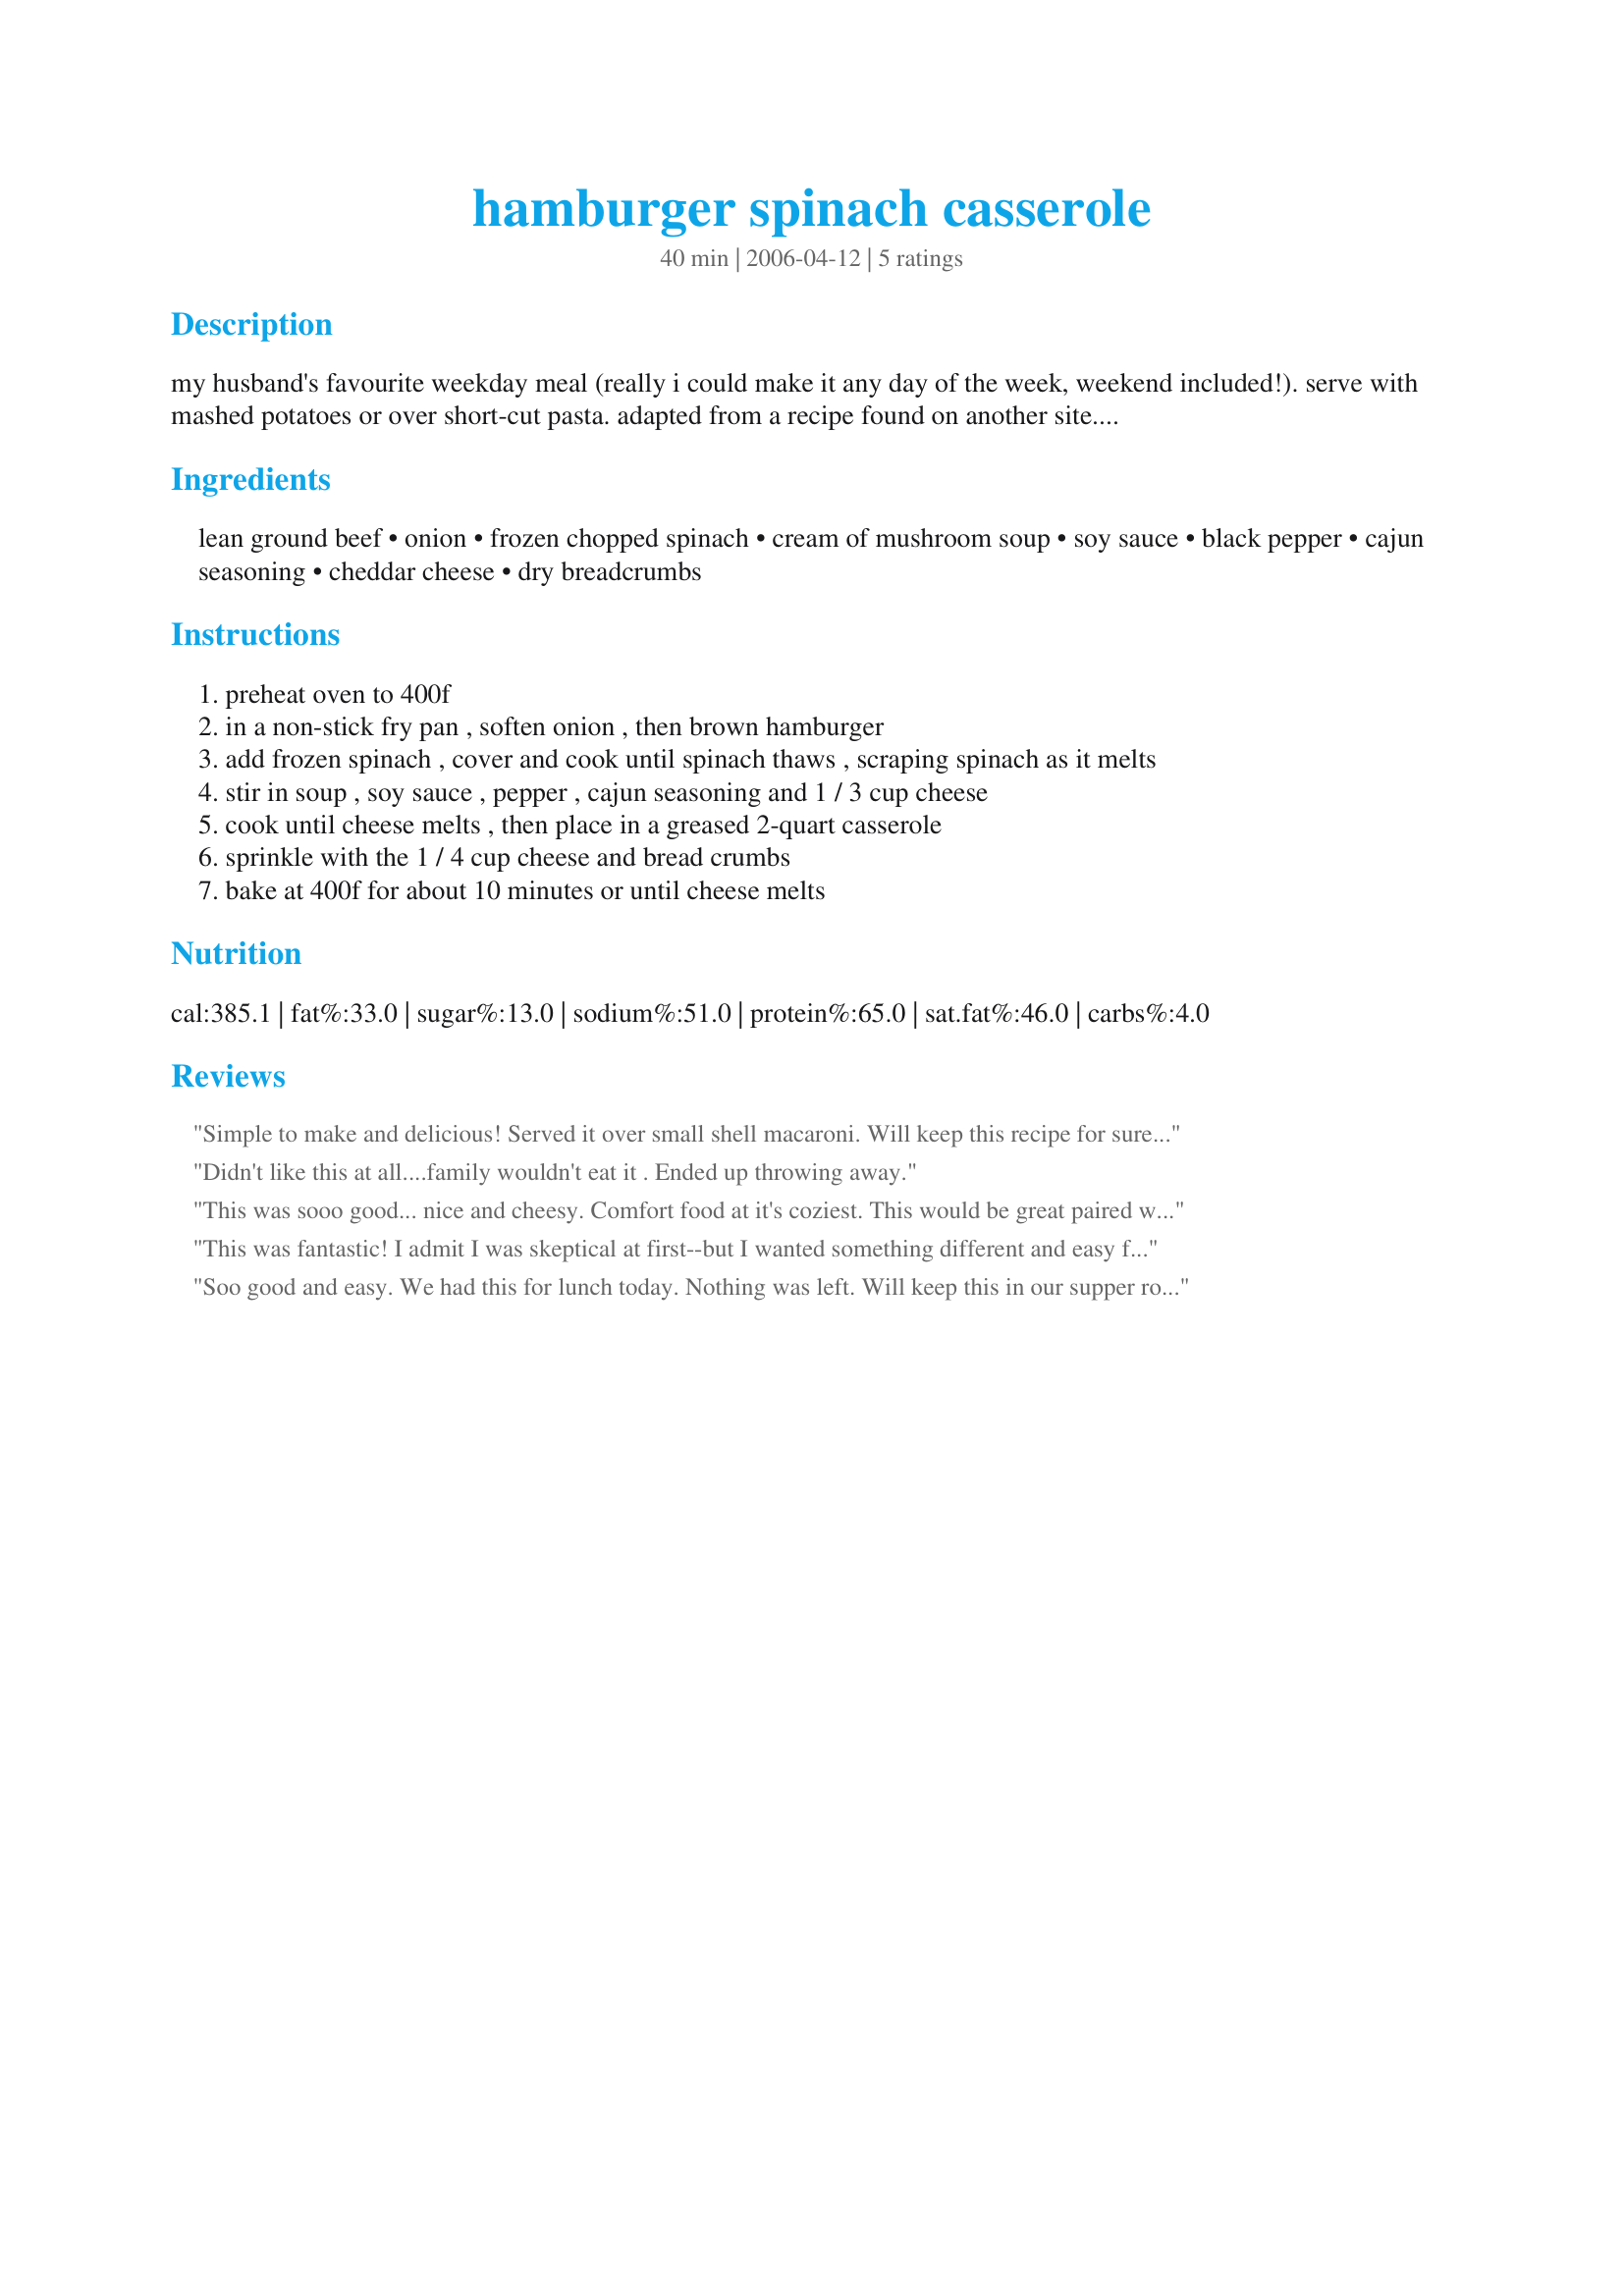
hamburger spinach casserole
Preparation time: 40 minutes

my husband's favourite weekday meal (really i could make it any day of the week, weekend included!). serve with mashed potatoes or over short-cut pasta. adapted from a recipe found on another site. originally posted by micha in az.

Ingredients:
lean ground beef, onion, frozen chopped spinach, cream of mushroom soup, soy sauce, black pepper, cajun seasoning, cheddar cheese, dry breadcrumbs

Steps:
preheat oven to 400f
in a non-stick fry pan , soften onion , then brown hamburger
add frozen spinach , cover and cook until spinach thaws , scraping spinach as it melts
stir in soup , soy sauce , pepper , cajun seasoning and 1 / 3 cup cheese
cook until cheese melts , then place in a greased 2-quart casserole
sprinkle with the 1 / 4 cup cheese and bread crumbs
bake at 400f for about 10 minutes or until cheese melts

Reviews:
Simple to make and delicious! Served it over small shell macaroni. Will keep this recipe for sure, Thanks!!
Didn't like this at all....family wouldn't eat it . Ended up throwing away.
This was sooo good... nice and cheesy. Comfort food at it's coziest. This would be great paired with any rice or pasta. The flavor was fantastic and the bf couldn't get enough. Thanks for sharing a real winner!
This was fantastic! I admit I was skeptical at first--but I wanted something different and easy for dinner one night, so I tried it, and it was a real hit. Thanks for posting it!
Soo good and easy. We had this for lunch today. Nothing was left. Will keep this in our supper rotation. Thanks for a great family recipe!
